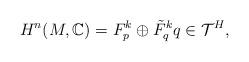
LaTeX: \begin{align*}H^n(M, \mathbb{C})=F^k_p\oplus \tilde{F}^k_q q\in \mathcal{T}^H,\end{align*}